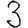
Digit: 3